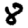
Digit: 8